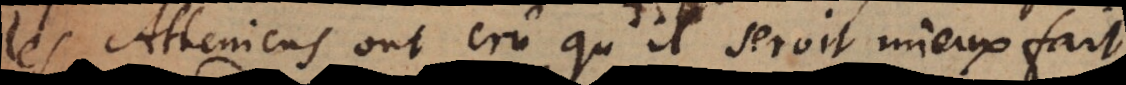
les Atheniens ont crû qu’il seroit mieux fait